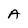
Character: A